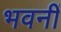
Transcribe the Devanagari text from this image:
भवनीं